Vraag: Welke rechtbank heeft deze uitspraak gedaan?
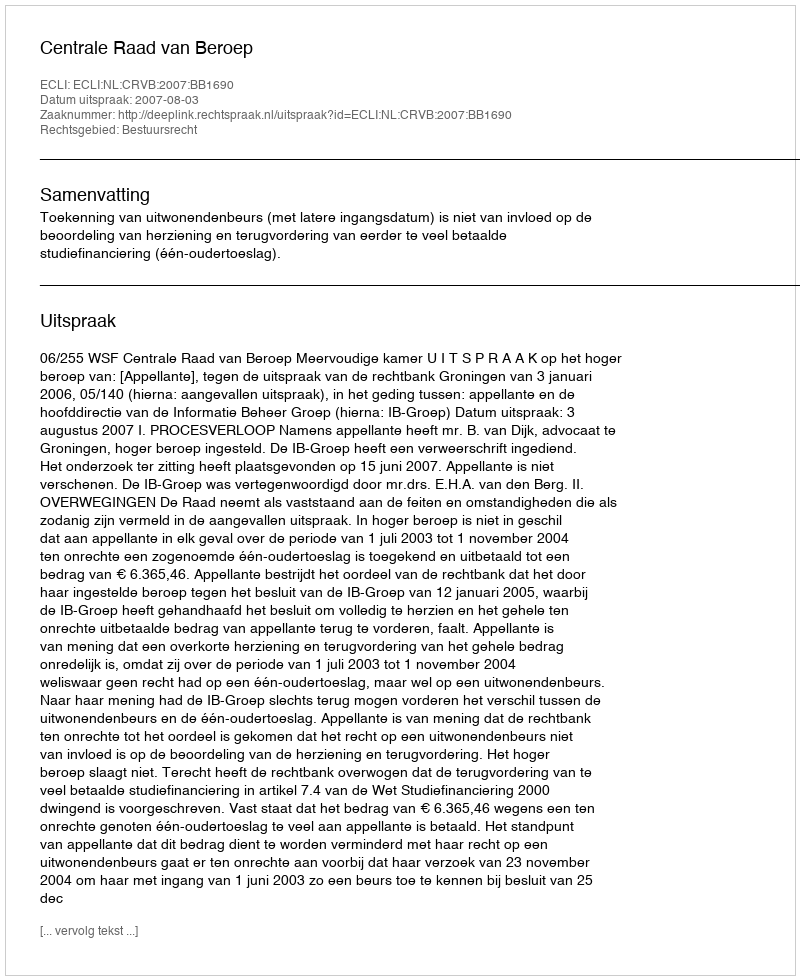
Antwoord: Centrale Raad van Beroep